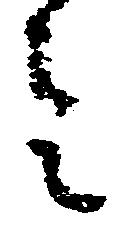
令